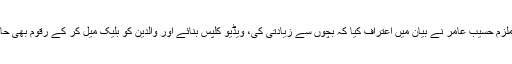
مرکزی ملزم حسیب عامر نے بیان میں اعتراف کیا کہ بچوں سے زیادتی کی، ویڈیو کلپس بنائے اور والدین کو بلیک میل کر کے رقوم بھی حاصل کیں۔